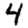
Digit: 4